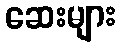
ဆေးများ